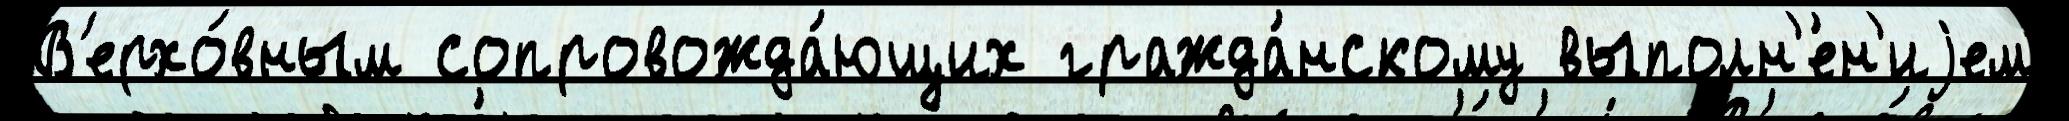
В'ерхо́вным сопровожда́ющих гражда́нскому выполн'е́н'иjем